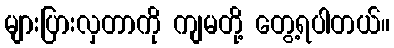
များပြားလှတာကို ကျမတို့ တွေ့ရပါတယ်။